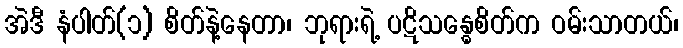
အဲဒီ နံပါတ်(၁) စိတ်နဲ့နေတာ၊ ဘုရားရဲ့ ပဋိသန္ဓေစိတ်က ဝမ်းသာတယ်၊